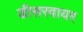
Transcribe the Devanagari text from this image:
डीसरवायर